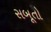
સબૂતો